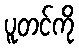
ပူတင်ကို